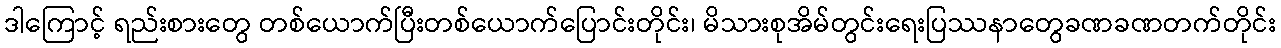
ဒါကြောင့် ရည်းစားတွေ တစ်ယောက်ပြီးတစ်ယောက်ပြောင်းတိုင်း၊ မိသားစုအိမ်တွင်းရေးပြဿနာတွေခဏခဏတက်တိုင်း